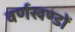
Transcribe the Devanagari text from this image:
वर्णखण्डों